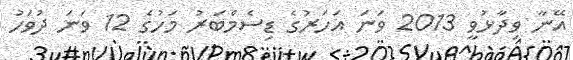
އޭނާ ވިދާޅުވީ 2013 ވަނަ އަހަރުގެ ޑިސެމްބަރު މަހުގެ 12 ވަނަ ދުވަހު